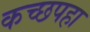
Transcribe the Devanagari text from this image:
कच्छपहा